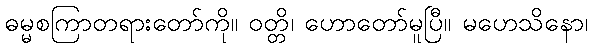
ဓမ္မစကြာတရားတော်ကို။ ဝတ္တိ၊ ဟောတော်မူပြီ။ မဟေသိနော၊